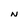
Character: N